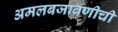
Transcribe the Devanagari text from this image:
अमलबजावणीची